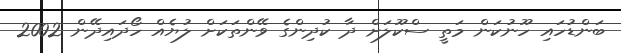
ބަންޑުހައި ހޫނުކަން މަތީ ސްކޫލަށް ދާ ކުދިންގެ ވޭންތަކަށް ލުޔެއް ހޯދައިދޭން 2002